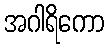
အဂါရိကော